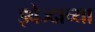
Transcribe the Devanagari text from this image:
झ्वेज्दाच्या